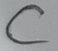
Text: C